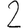
Digit: 2